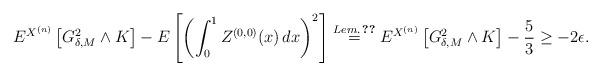
LaTeX: \begin{align*} E^{X^{(n)}}\left[G_{\delta,M}^2\wedge K\right]-E\left[\left(\int_0^1 Z^{(0,0)}(x)\,dx\right)^2\right]\overset{Lem.\,\ref{calc}}{=} E^{X^{(n)}}\left[G_{\delta,M}^2\wedge K\right]-\frac{5}{3}\ge -2\epsilon. \end{align*}